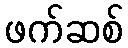
ဖက်ဆစ်